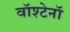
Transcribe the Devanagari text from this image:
वॉश्टेनॉ